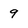
Character: 9